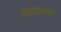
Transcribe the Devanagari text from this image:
असद्तला